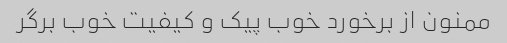
ممنون از برخورد خوب پیک و کیفیت خوب برگر